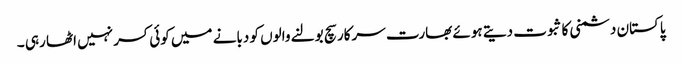
پاکستان دشمنی کا ثبوت دیتے ہوئے بھارت سرکار سچ بولنے والوں کو دبانے میں کوئی کسر نہیں اٹھا رہی ۔